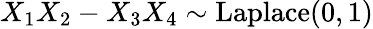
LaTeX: X_{1}X_{2}-X_{3}X_{4}\sim{\textrm{Laplace}}(0,1)